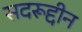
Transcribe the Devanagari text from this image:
सदरूद्दीन